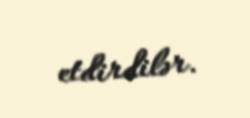
etdirdilər.